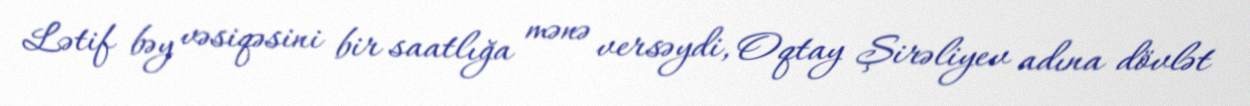
Lətif bəy vəsiqəsini bir saatlığa mənə versəydi, Oqtay Şirəliyev adına dövlət